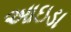
આઇડા